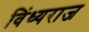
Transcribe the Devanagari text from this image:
विंध्यराज